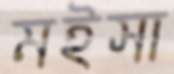
মইসা